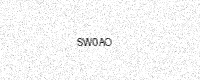
Text: SW0AO